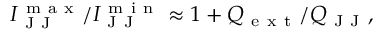
I _ { \mathrm { ~ J ~ J ~ } } ^ { \mathrm { ~ m ~ a ~ x ~ } } / I _ { \mathrm { ~ J ~ J ~ } } ^ { \mathrm { ~ m ~ i ~ n ~ } } \approx 1 + Q _ { \mathrm { ~ e ~ x ~ t ~ } } / Q _ { \mathrm { ~ J ~ J ~ } } ,